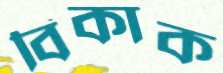
বিকাক